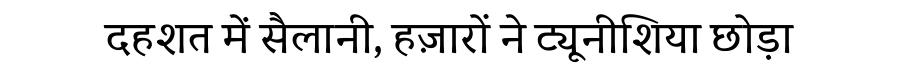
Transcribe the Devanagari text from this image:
दहशत में सैलानी, हज़ारों ने ट्यूनीशिया छोड़ा